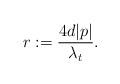
LaTeX: \begin{align*}r:= \frac{4 d |p|}{\lambda_t}.\end{align*}